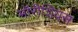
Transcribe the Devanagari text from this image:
मॉरीशियस